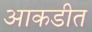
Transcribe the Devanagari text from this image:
आकडीत